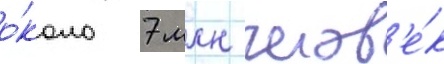
о́коло 7 млн челов'е́к